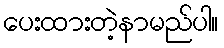
ပေးထားတဲ့နာမည်ပါ။